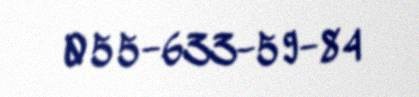
055-633-59-84